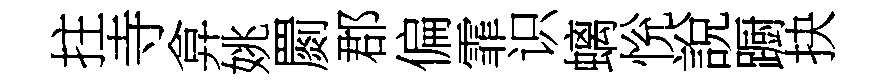
拄寺弇姚罽郡偏霏识螭恱說蹰抉